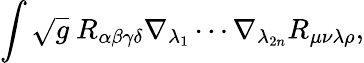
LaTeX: \int\sqrt{g}~R_{\alpha\beta\gamma\delta}\nabla_{\lambda_{1}}\cdots\nabla_{\lambda_{2n}}R_{\mu\nu\lambda\rho},